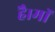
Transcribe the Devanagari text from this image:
है।माॅ